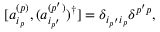
[ a _ { i _ { p } } ^ { ( p ) } , ( a _ { i _ { p ^ { \prime } } } ^ { ( p ^ { \prime } ) } ) ^ { \dagger } ] = \delta _ { i _ { p ^ { \prime } } i _ { p } } \delta ^ { p ^ { \prime } p } ,